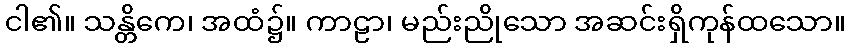
ငါ၏။ သန္တိကေ၊ အထံ၌။ ကာဠာ၊ မည်းညိုသော အဆင်းရှိကုန်ထသော။